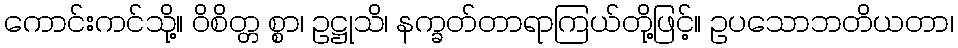
ကောင်းကင်သို့။ ဝိစိတ္တ စ္စာ၊ ဥဋ္ဌုသိ၊ နက္ခတ်တာရာကြယ်တို့ဖြင့်။ ဥပသောဘတိယတာ၊